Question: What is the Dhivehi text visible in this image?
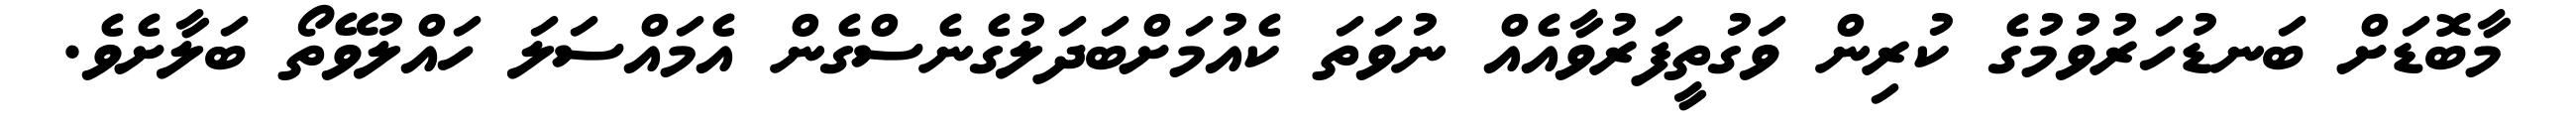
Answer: މާބޮޑަށް ބަނޑުހަރުވުމުގެ ކުރިން ވަގުތީފަރުވާއެއް ނުވަތަ ކެއުމަށްބަދަލުގެނެސްގެން އެމައްސަލަ ހައްލުވޭތޯ ބަލާށެވެ.